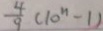
\frac { 4 } { 9 } ( 1 0 ^ { n } - 1 )